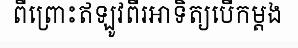
ពីព្រោះឥឡូវពីរអាទិត្យបើកម្តង